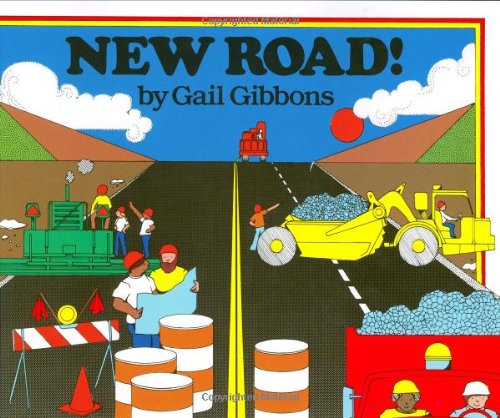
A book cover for New Road!; Gail Gibbons; Children's Books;